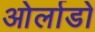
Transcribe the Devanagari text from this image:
ओर्लाडो